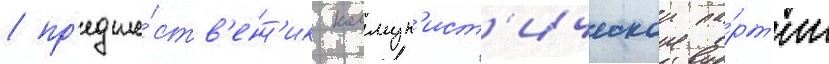
/ пр'едше́ств'енн'ик коммун'ист'ическои па́рт'ии